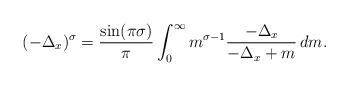
LaTeX: \begin{align*}(-\Delta_x)^{\sigma} = \frac{\sin (\pi \sigma)}{\pi} \int_0^{\infty} m^{\sigma -1} \frac{-\Delta_x}{-\Delta_x + m} \, dm .\end{align*}